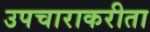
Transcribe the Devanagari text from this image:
उपचाराकरीता